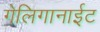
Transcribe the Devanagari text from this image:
गेलिगानाईट